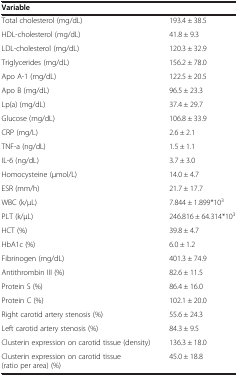
| Variable |  |
 | --- | --- |
 | Total cholesterol (mg/dL) | 193.4 ± 38.5 |
 | HDL-cholesterol (mg/dL) | 41.8 ± 9.3 |
 | LDL-cholesterol (mg/dL) | 120.3 ± 32.9 |
 | Triglycerides (mg/dL) | 156.2 ± 78.0 |
 | Apo A-1 (mg/dL) | 122.5 ± 20.5 |
 | Apo B (mg/dL) | 96.5 ± 23.3 |
 | Lp(a) (mg/dL) | 37.4 ± 29.7 |
 | Glucose (mg/dL) | 106.8 ± 33.9 |
 | CRP (mg/L) | 2.6 ± 2.1 |
 | TNF-a (ng/dL) | 1.5 ± 1.1 |
 | IL-6 (ng/dL) | 3.7 ± 3.0 |
 | Homocysteine (μmol/L) | 14.0 ± 4.7 |
 | ESR (mm/h) | 21.7 ± 17.7 |
 | WBC (k/μL) | 7.844 ± 1.899*103 |
 | PLT (k/μL) | 246.816 ± 64.314*103 |
 | HCT (%) | 39.8 ± 4.7 |
 | HbA1c (%) | 6.0 ± 1.2 |
 | Fibrinogen (mg/dL) | 401.3 ± 74.9 |
 | Antithrombin III (%) | 82.6 ± 11.5 |
 | Protein S (%) | 86.4 ± 16.0 |
 | Protein C (%) | 102.1 ± 20.0 |
 | Right carotid artery stenosis (%) | 55.6 ± 24.3 |
 | Left carotid artery stenosis (%) | 84.3 ± 9.5 |
 | Clusterin expression on carotid tissue (density) | 136.3 ± 18.0 |
 | Clusterin expression on carotid tissue (ratio per area) (%) | 45.0 ± 18.8 |